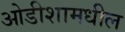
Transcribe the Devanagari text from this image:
ओडीशामधील